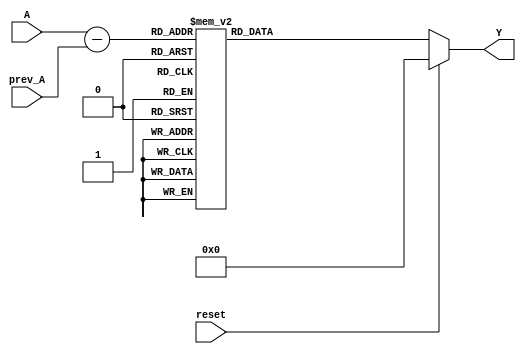
module relative_encoder #(
    parameter n = 4, // Number of bits for binary input
    parameter m = 4  // Number of bits for BCD output
)(
    input wire [n-1:0] A,        // Current state/input
    input wire [n-1:0] prev_A,   // Previous state/input
    input wire reset,             // Reset signal
    output reg [m-1:0] Y         // BCD output representing relative position
);

    reg [n-1:0] difference; // To store the difference between A and prev_A

    // Combinational logic to compute the relative position
    always @(*) begin
        if (reset) begin
            Y = 4'b0000; // Reset BCD output to known state
        end else begin
            // Compute the difference based on previous and current input
            difference = A - prev_A;

            // Convert the difference to BCD format
            // Assuming the result is going to be in the range of 0 to 9
            // In a real case, appropriate conditions should be added to handle overflow

            // Simple Difference Encoding to BCD
            case (difference)
                4'b0000: Y = 4'b0000; // No change
                4'b0001: Y = 4'b0001; // +1
                4'b0010: Y = 4'b0010; // +2
                4'b0011: Y = 4'b0011; // +3
                4'b0100: Y = 4'b0100; // +4
                4'b0101: Y = 4'b0101; // +5
                4'b0110: Y = 4'b0110; // +6
                4'b0111: Y = 4'b0111; // +7
                4'b1000: Y = 4'b1000; // +8
                4'b1001: Y = 4'b1001; // +9
                default: Y = 4'b0000; // Default case for overflow or negative
            endcase
        end
    end

endmodule